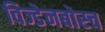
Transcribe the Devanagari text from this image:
विज्डेनबोस्च